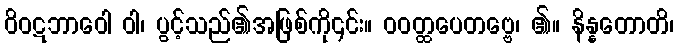
ဝိဝဋဘာဝေါ ဝါ၊ ပွင့်သည်၏အဖြစ်ကို၄င်း။ ဝဝတ္ထပေတဗ္ဗေ၊ ၏။ နိန္နတောတိ၊